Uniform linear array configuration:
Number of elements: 32
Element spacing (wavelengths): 0.25
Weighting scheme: cosine
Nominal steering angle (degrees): -15
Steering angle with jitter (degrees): -16.636
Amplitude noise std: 0.05
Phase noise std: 0.05

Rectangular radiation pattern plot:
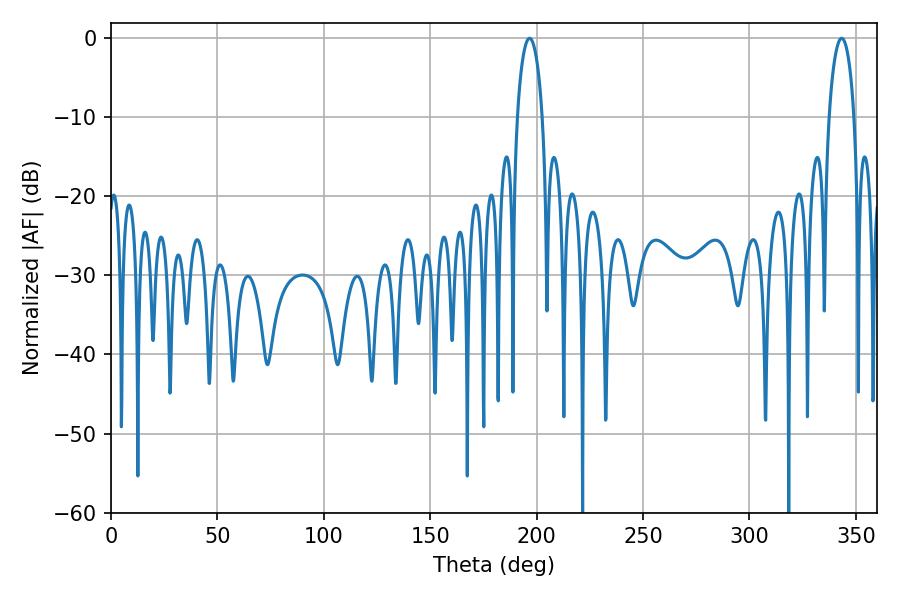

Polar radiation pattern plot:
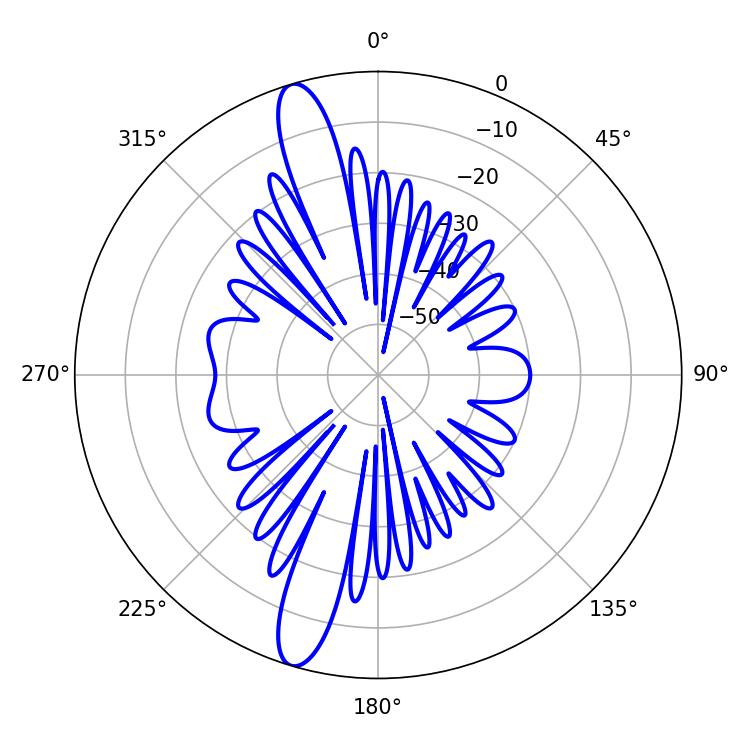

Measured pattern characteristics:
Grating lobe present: FALSE
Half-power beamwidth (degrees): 6.66
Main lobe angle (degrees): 196.74